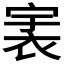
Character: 𧙶